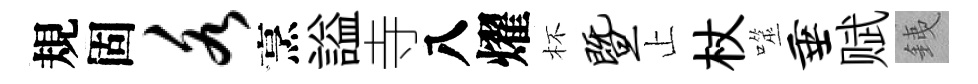
規固各烹謚寺八燿杯暨止杖噬垂赋銕